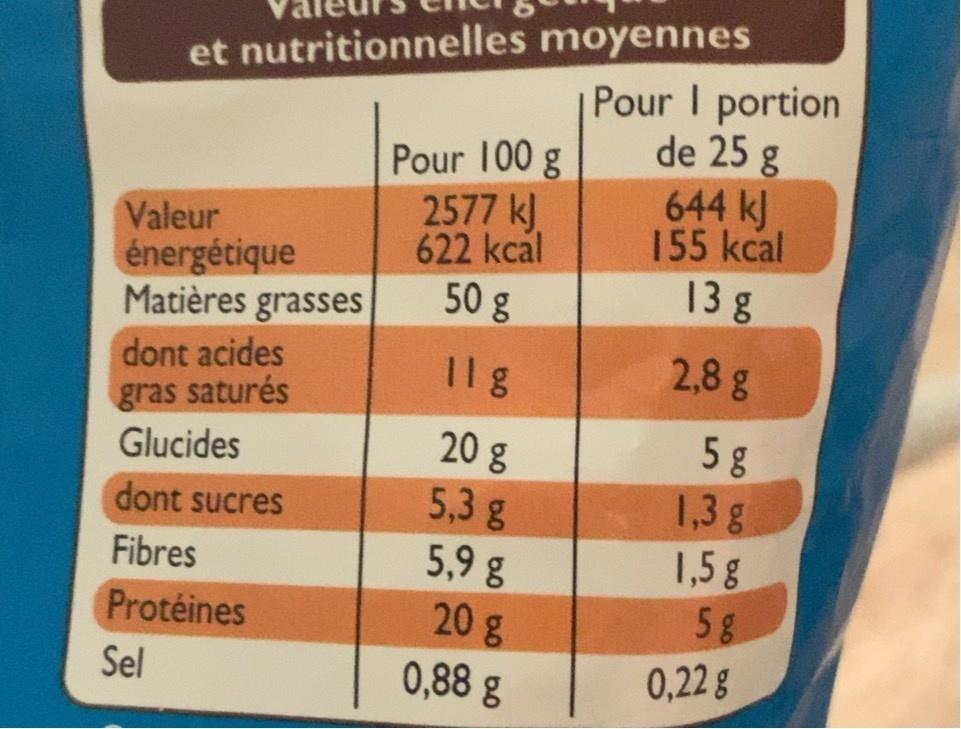
et nutritionnelles moyennes Pour I portion de 25 g 644 kJ 155 kcal
Valeur énergétique Matières grasses
Pour 100 g 2577 kJ 622 kcal 50g
13 g
2,8g
dont acides gras saturés Glucides
Il g
5 g 1,3g
20 g 5,3 g 5,9 g 20g
dont sucres
1,5g 5 g
Fibres
Protéines
Sel
0,88 g
0,22 g
bo bo